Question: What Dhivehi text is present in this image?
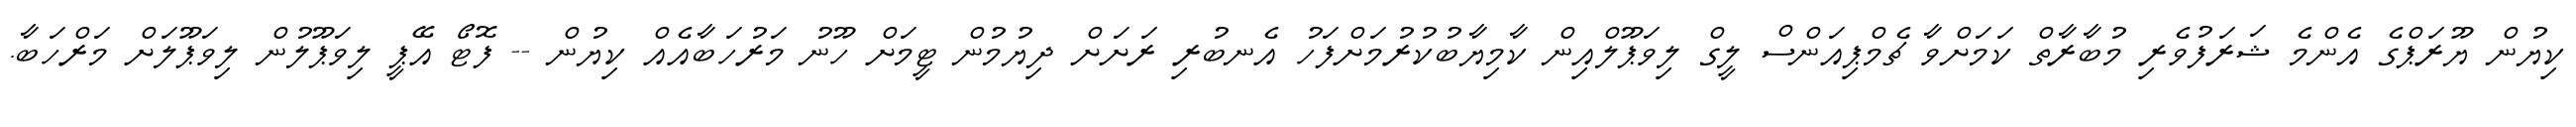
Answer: ކިޔުން ޔޫރަޕްގެ އެންމެ ޝަރަފުވެރި މުބާރާތް ކަމަށްވާ ޗެމްޕިއަންސް ލީގް ލިވަޕޫލްއިން ކާމިޔާބުކުރުމަށްފަހު އެނބުރި ރަށަށް ދިޔުމުން ޓީމަށް ހޫނު މަރުހަބާއެއް ކިޔުން -- ފޮޓޯ އޭޕީ ލިވަޕޫލުން ލިވަޕޫލަށް މަރްހަބާ.